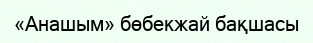
«Анашым» бөбекжай бақшасы